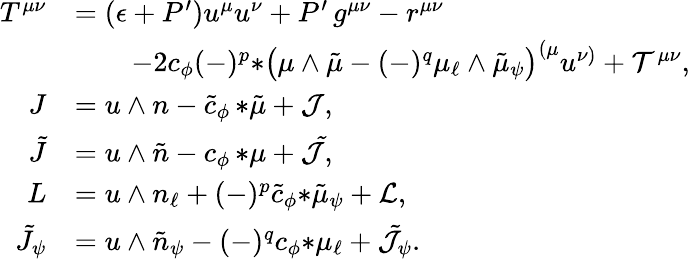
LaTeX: \begin{array}{rl}{T^{\mu\nu}}&{=(\epsilon+P^{\prime})u^{\mu}u^{\nu}+P^{\prime}\, g^{\mu\nu}-r^{\mu\nu}}\\ &{\qquad-2c_{\phi}(-)^{p}{*\big(\mu\wedge\tilde{\mu}-(-)^{q}\mu_{\ell}\wedge\tilde{\mu}_{\psi}\big)}^{(\mu}u^{\nu)}+{\cal T}^{\mu\nu},}\\ {J}&{=u\wedge n-\tilde{c}_{\phi}\, {*\tilde{\mu}}+{\cal J},}\\ {\tilde{J}}&{=u\wedge\tilde{n}-c_{\phi}\, {*\mu}+{\cal\tilde{J}},}\\ {L}&{=u\wedge n_{\ell}+(-)^{p}\tilde{c}_{\phi}{*\tilde{\mu}_{\psi}}+{\cal L},}\\ {\tilde{J}_{\psi}}&{=u\wedge\tilde{n}_{\psi}-(-)^{q}c_{\phi}{*\mu_{\ell}}+\tilde{\cal J}_{\psi}.}\end{array}